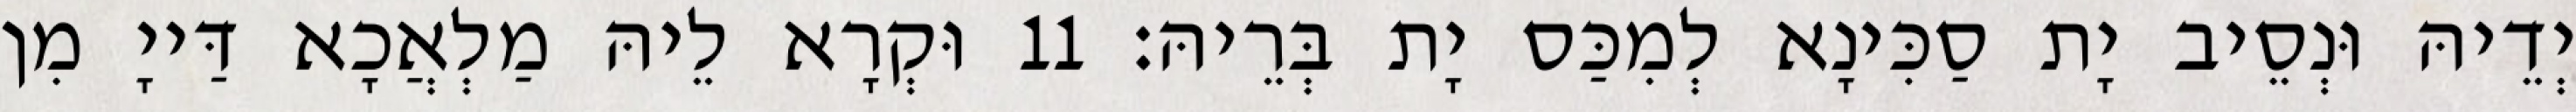
יְדֵיהּ וּנְסֵיב יָת סַכִּינָא לְמִכַּס יָת בְּרֵיהּ׃ 11 וּקְרָא לֵיהּ מַלְאֲכָא דַּייָ מִן